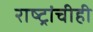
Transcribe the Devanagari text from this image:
राष्ट्रांचीही